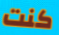
كنت